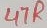
Text: 47R